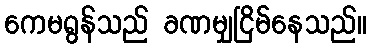
ကေမရွန်သည် ခဏမျှငြိမ်နေသည်။